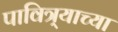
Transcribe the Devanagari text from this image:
पावित्र्याच्या